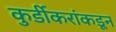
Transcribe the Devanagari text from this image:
कुर्डीकरांकडून